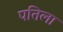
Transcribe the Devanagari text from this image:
पतिला